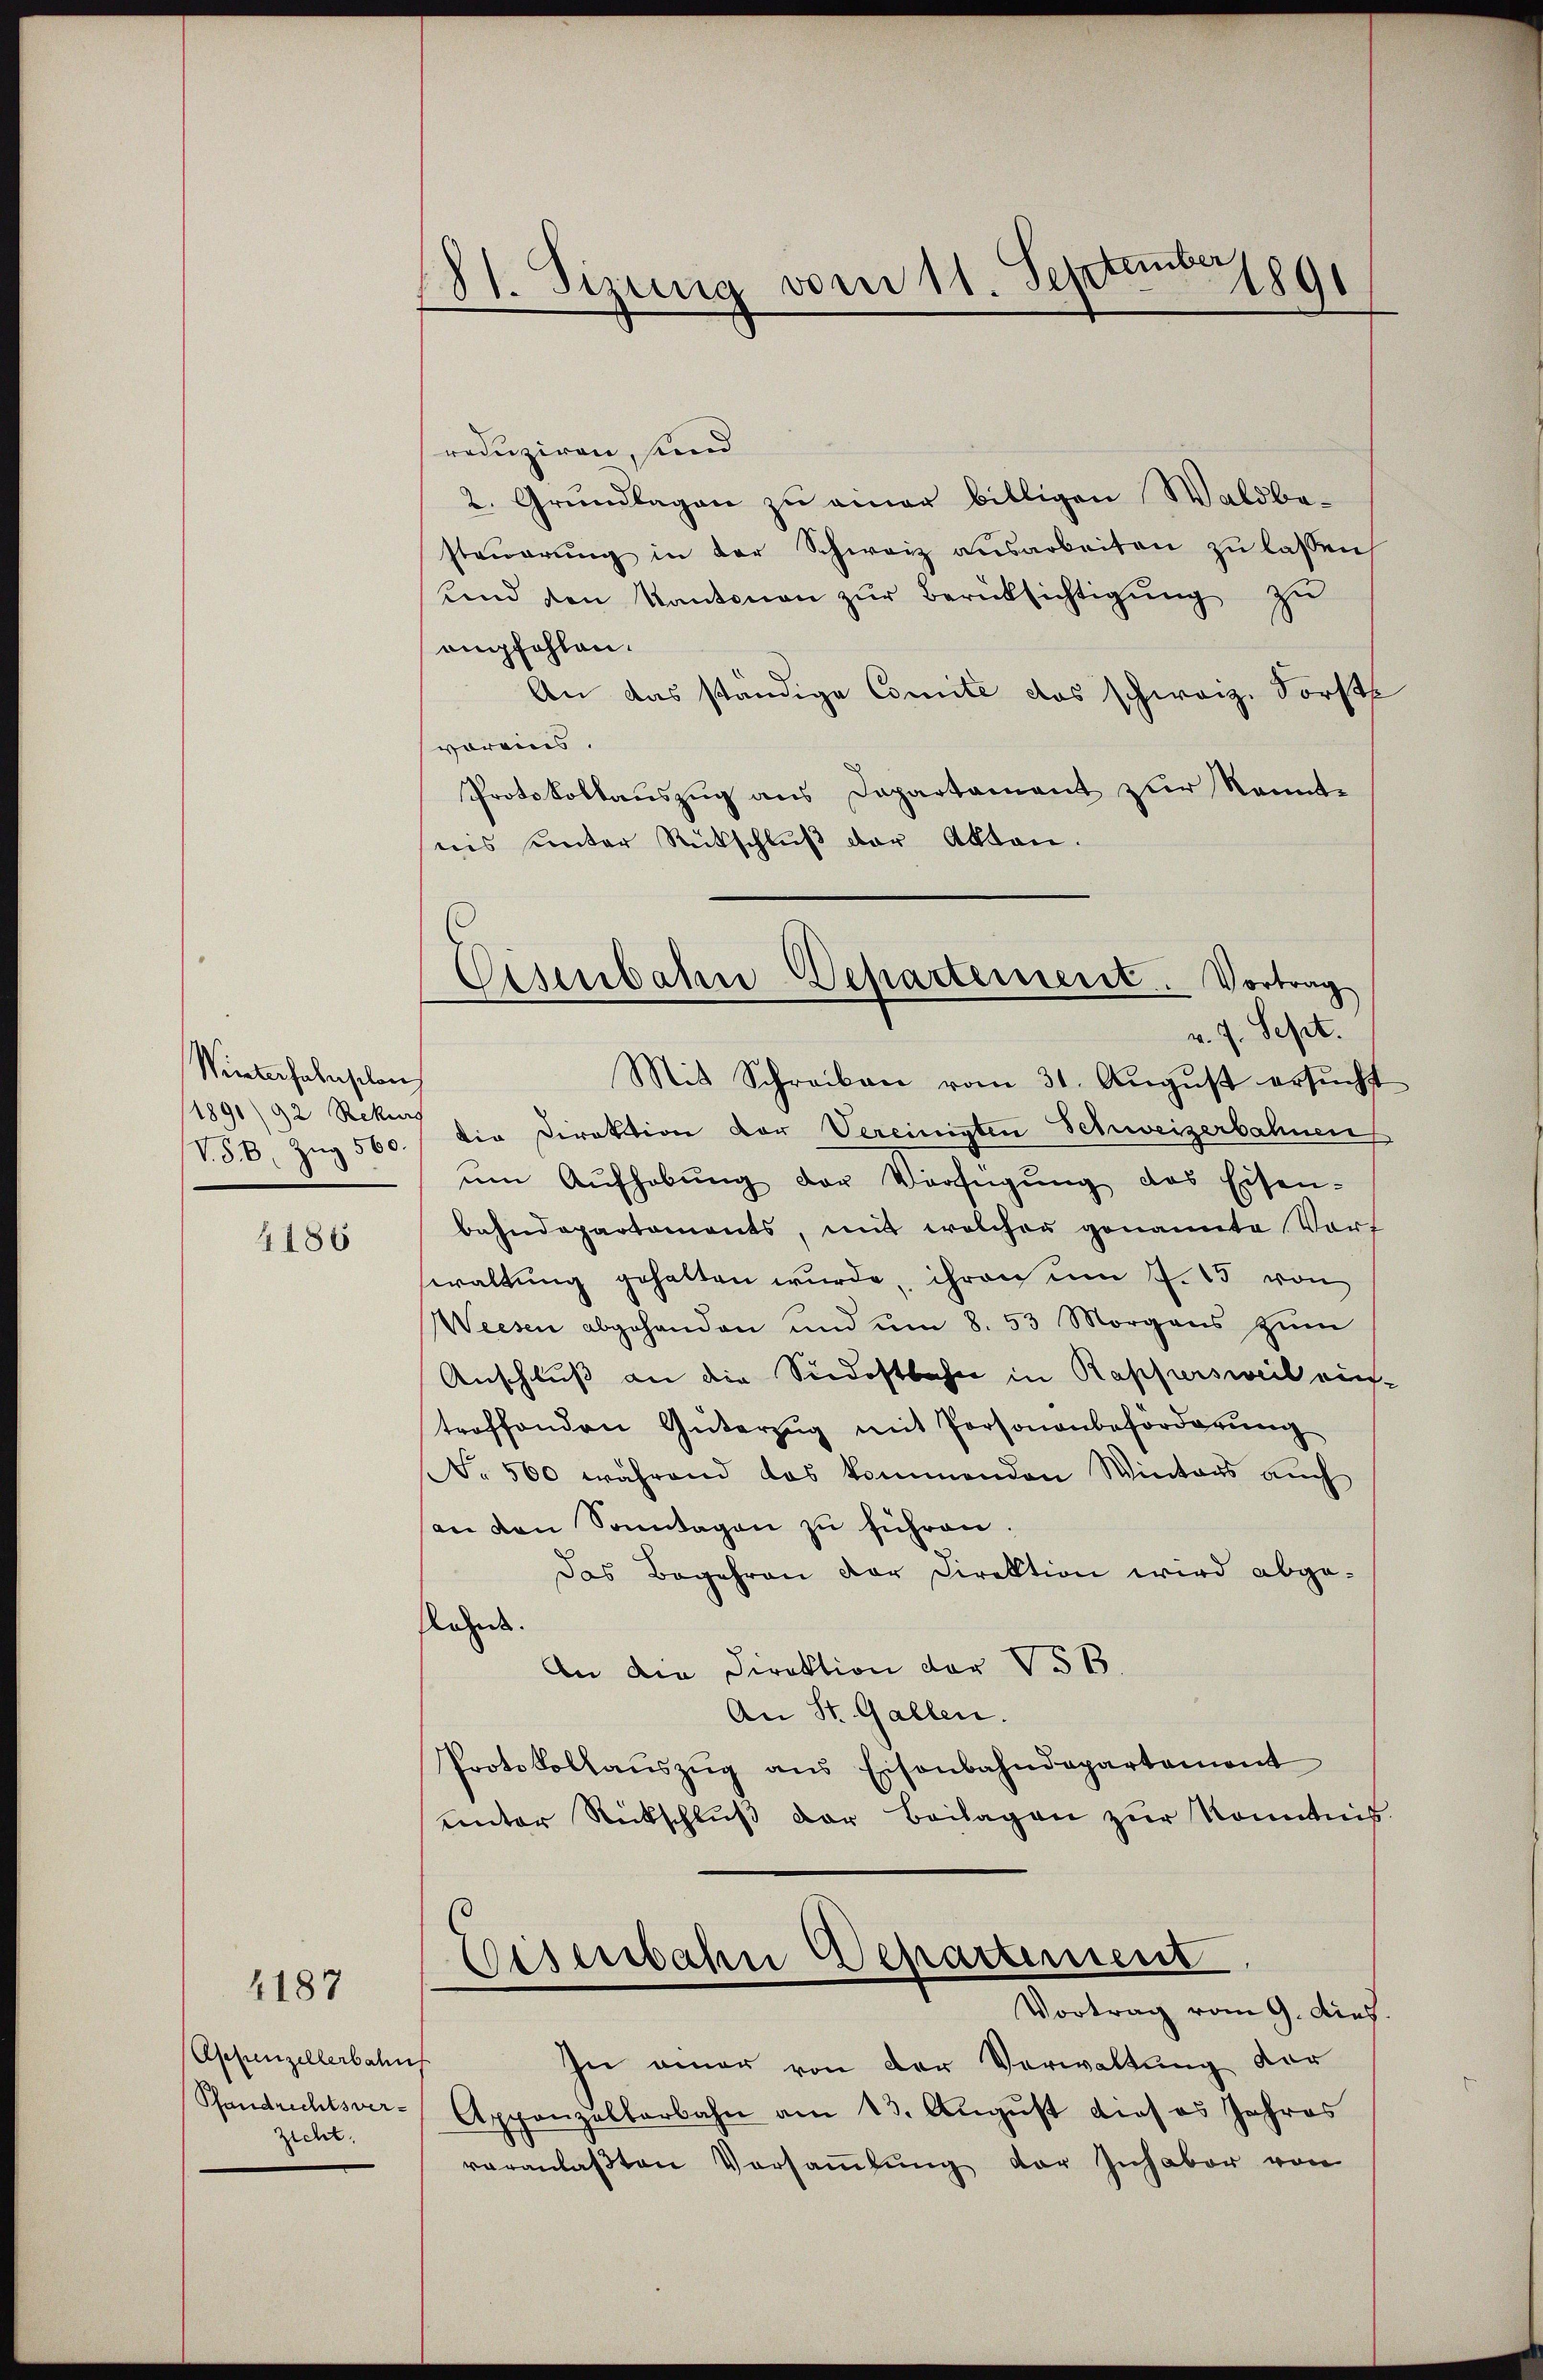
Winterhalschon
1891/92 Rekurs
V.S.B. Zŭg 560.
.

4186

4187

Appenzellerbahn
Pfandrechtsver-
zicht,

81. Sizung vom 11. September 1891

reduziren, und
2. Grundlagen zu einer billigen Waldbesteŭerŭng in der Schweiz ansarbeiten zŭ lassen
uend den Kantonen zŭr Berüksichtigung zu
empfehlen.
An das ständige Comite das schweiz. Forst
voreins.
Protokollauszug aus Departament zur Kennt-
nis unter Rutschluß der Akten.
Mit Schreiben vom 31. August ersucht
Die Direktion der Vereinigten Schweizerbahnen
ŭm Aŭfhebŭng der Verfügŭng des Eisen-
bahndepartements, mit welcher genannte Vort
waltung gehalten wurde, ihren um 7. 15 von
Weesen abgehanden und um 8. 53 Morgens zŭm
Anschluß an die Siedostbahn in Rappersweil ein.
troffenden Güterzŭg mit Personanbeförderŭng
No. 500 während das kommenden Winters auch
an den Sonntagen zu führen
Das Begehren der Direktion wird abge-
lahn.
An die Direktion der V S.
An St. Gallen.
Protokollaŭszŭg ans Eisenbahndepartement
unter Rückschlŭβ der Beilagen zur Kenntnis
Eisenbahn Departement
Vortrag vom 9. dies
In einer von der Verwaltung der
Appenzellarbahn am 13. August dieses Jahres
veranlaβten Versaṁlŭng der Inhaber von

Eisenbahn Departement. Vortrag
.
v. 7. Sept.